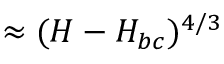
\approx ( H - H _ { b c } ) ^ { 4 / 3 }